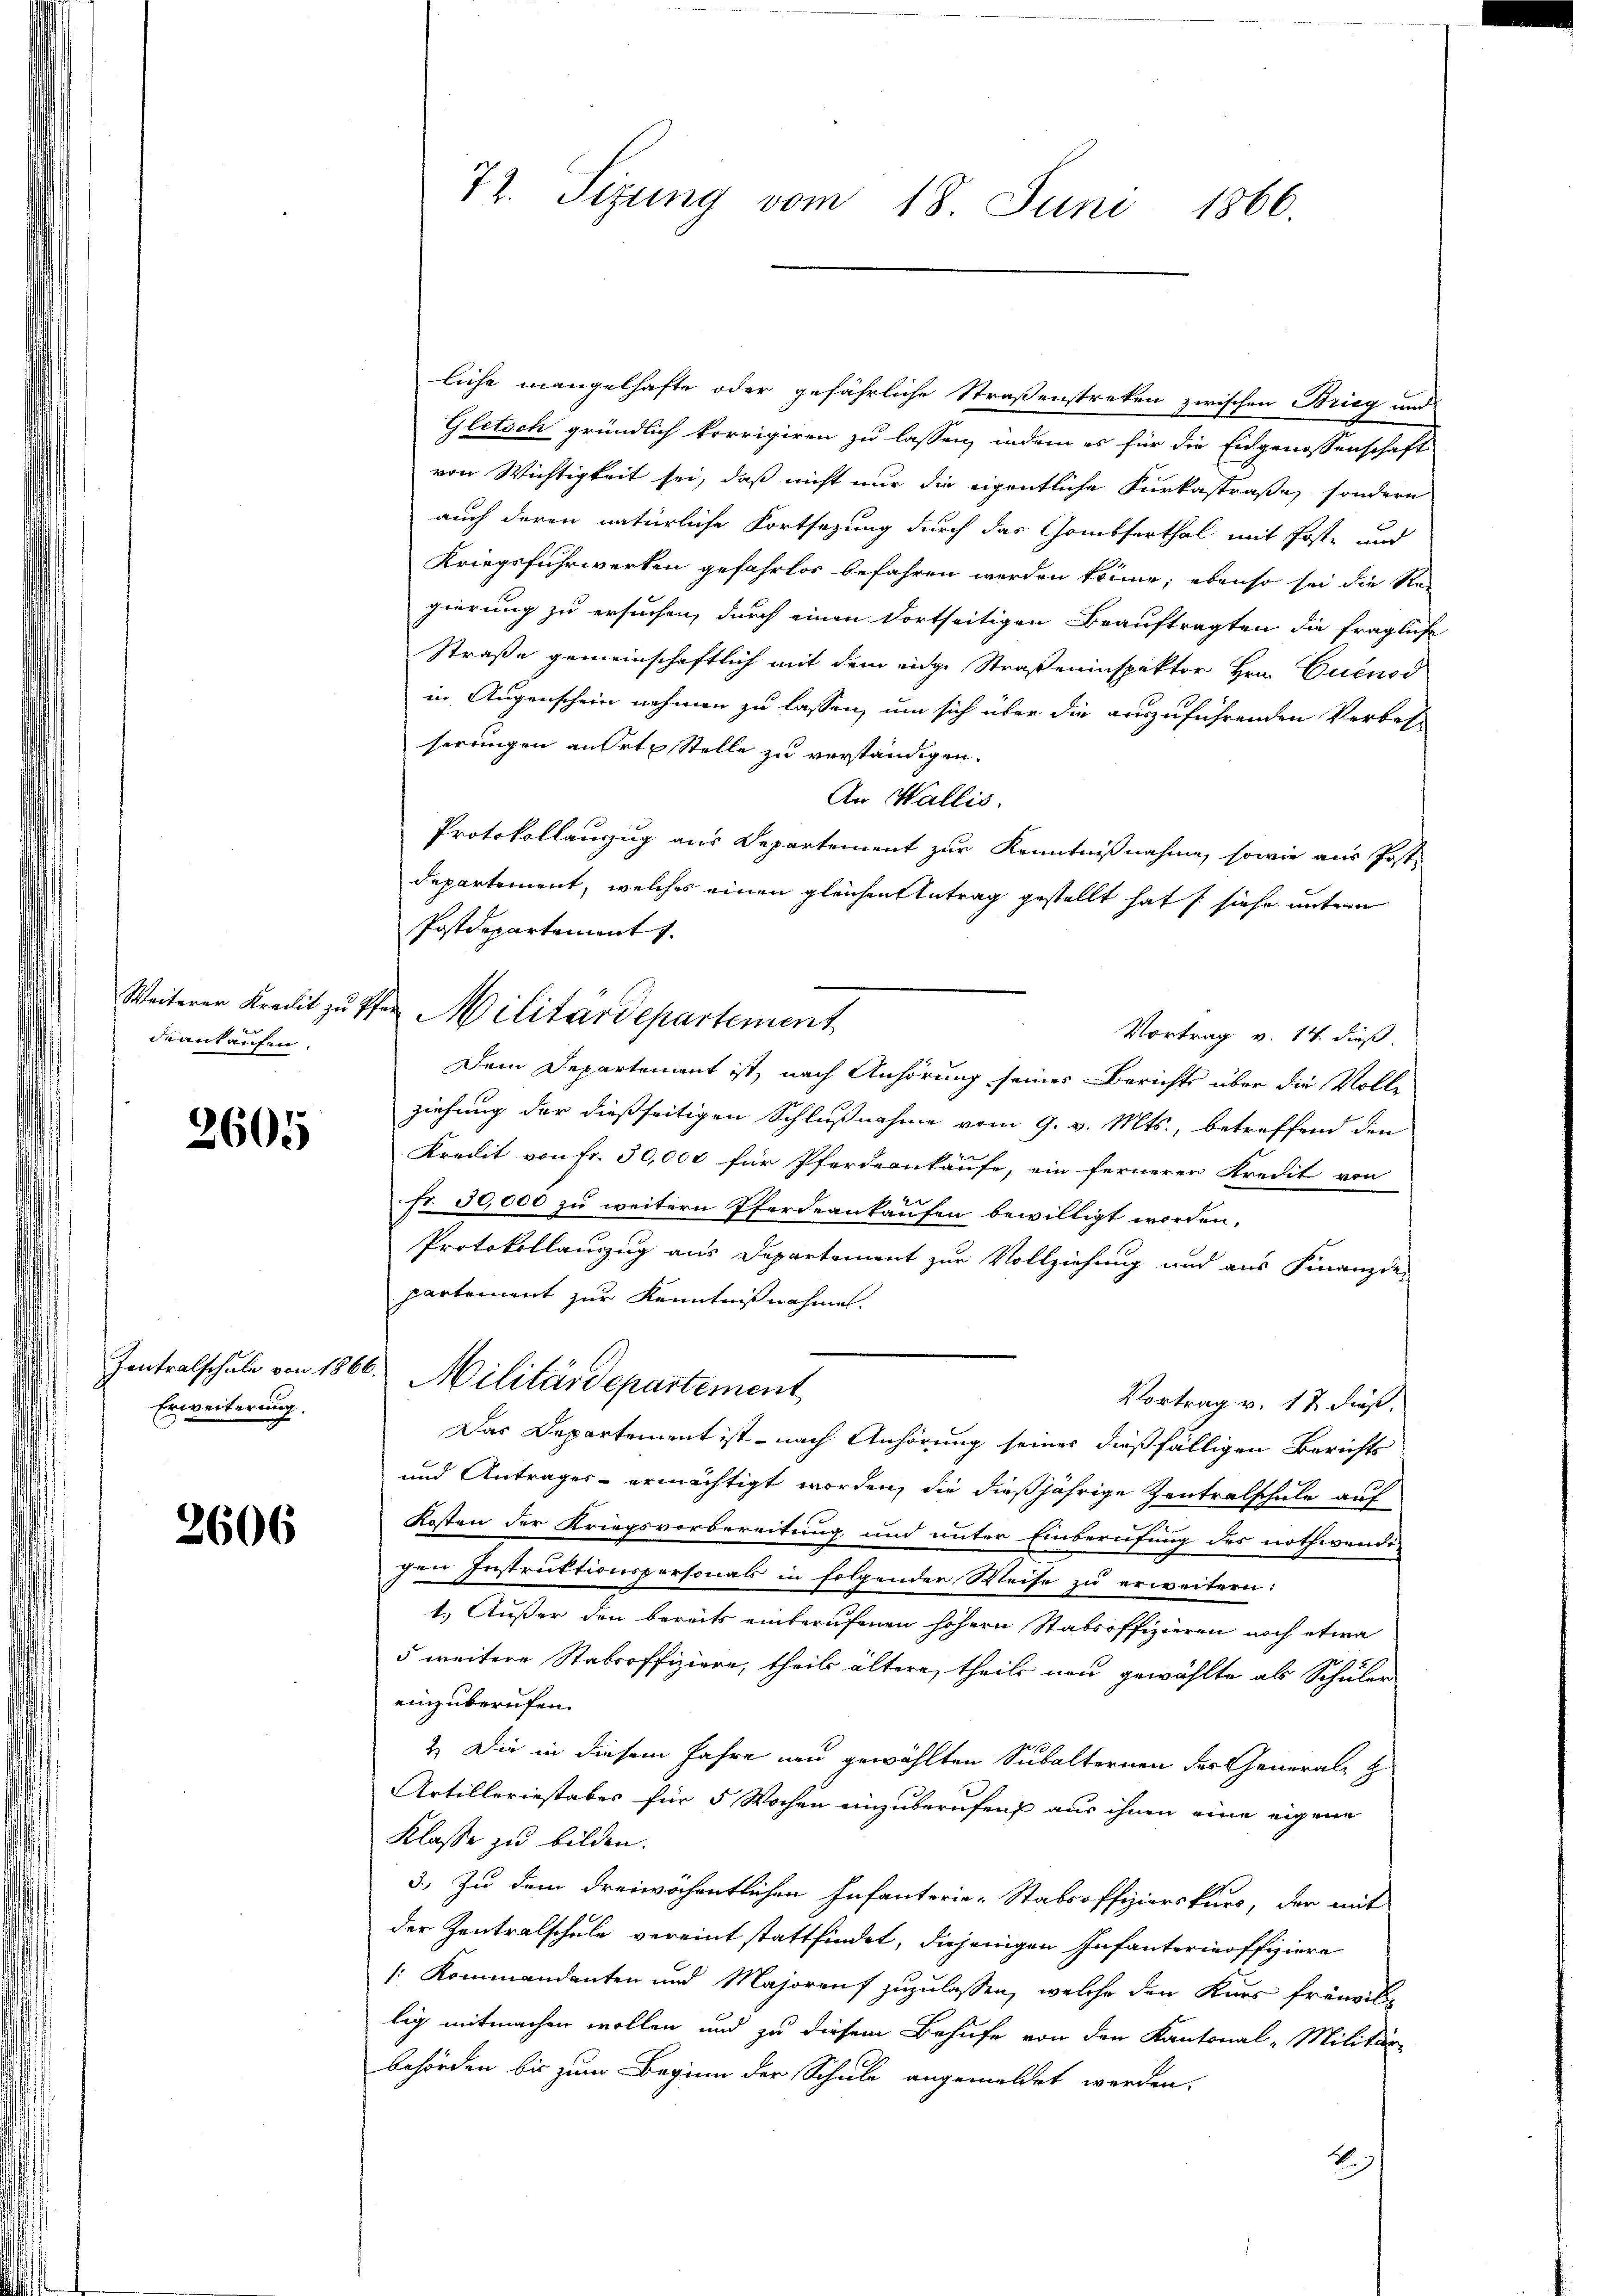
deankaufen.

2605

Zentralschule von 186
Erweiterung.

2606

72. Sizung vom 18. Juni 1866.

liche mangelhafte oder gefährliche Straßenstreten zwischen Brieg und
Gletsch gründlich korrigiren zu lassen, indem es für die Eidgenossenschaft
von Wichtigkeit sei, daß nicht nur die eigentliche Furkastraße sondern
auch deren natürliche Fortsezung durch das Gomtserthal mit Post- und
Kriegsfuhrwerken gefahrlos befahren werden könne; ebenso sei die Ste
gierung zu ersuchen, durch einen dortseitigen Beauftragten die fragliche
Straße gemeinschaftlich mit dem eidge Straßeninspektor Hrn. Cuenod
in Augenschein nehmen zu lassen, um sich über die auszuführenden Verbes-
serungen an Orte Stelle zu verständigen.
An Wallis.
Protokollanzug aus Departement zur Kenntnißnahme, sowie aus Post.
departement, welches einen gleichen Antrag gestellt hat siehe untern
Postdepartement
Vortrag v. 14. dieß.
Dem Departement ist, nach Anhörung seines Berichts über die Volle
ziehung der dießseitigen Schlußnahme vom 9. v. Mts., betreffend den
Kredit von Fr. 30,000 für Pferdernkaufe, ein fernerer Kredit von
fr. 30,000 zu weitern Pferdeaukaufen bewilligt worden.
Protokollauszug aus Departement zur Vollziehung und aus Finanzde-
partement zur Kenntnißnahmen.
26. Militärdepartement
Vortrag v. 17 dieß.
Das Departement ist - nach Anhörung seines dießfälligen Berichts
und Antrages - ermächtigt worden, die dießjährige Zentralschule auf
Kosten der Kriegsvorbereitung und unter Einberufung des nothwendig
gen Instruktionspersonals in folgender Weise zu erweitern:
1.) Außer den bereits einberufenen höhern Stabsoffizieren noch etwa
5 weitere Stabsoffiziere, theils ältere, theils neu gewählte als Schuler
einzuberufen.
.
2. Die in diesem Jahre nun gewählten Subalternen des General z
Artilleriestabes für 5 Wochen einzuberufen aus ihnen eine eigene
Klasse zu bilden.
3.) Zu dem dreiwöchentlichen Infanterie-Stabsoffizierskurs, der mit
der Zentralschule vereint stattfindet, diejenigen Infanterinoffiziere
[: Kommandanten und Majorauf zuzulassen, welche den Kurs fremdil-
lig mitmachen wollen und zu diesem Behufe von den Kantonal-Militär
behörden bis zum Beginn der Schule angemeldet werden.
2

Weiterer Kredit zu Pfer Militärdepartement